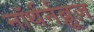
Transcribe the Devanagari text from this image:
नॉर्थर्नब्लूज़